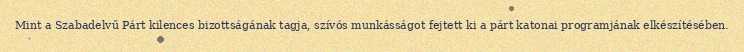
Mint a Szabadelvű Párt kilences bizottságának tagja, szívós munkásságot fejtett ki a párt katonai programjának elkészítésében.